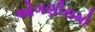
ઓગણીસમો